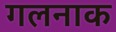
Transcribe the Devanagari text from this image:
गलनाक